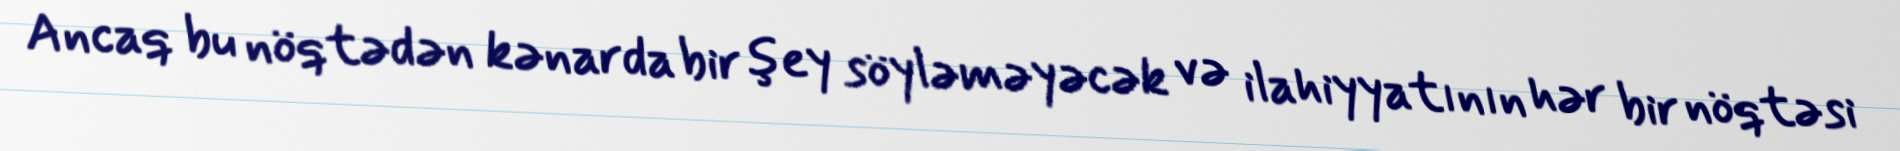
Ancaq bu nöqtədən kənarda bir şey söyləməyəcək və ilahiyyatının hər bir nöqtəsi